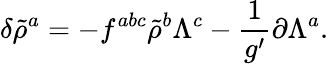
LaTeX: \delta\tilde{\rho}^{a}=-f^{abc}\tilde{\rho}^{b}\Lambda^{c}-\frac{1}{g^{\prime}}\partial\Lambda^{a}.